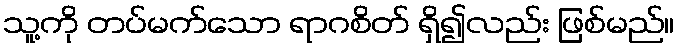
သူ့ကို တပ်မက်သော ရာဂစိတ် ရှိ၍လည်း ဖြစ်မည်။